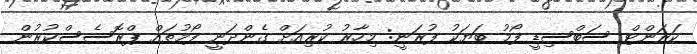
ކަރަންޓް ސަބްސިޑީ ފޯމު ބަޔަކު ފުރަނީ: މިހާރު ކުރިއަށް ގެންދަނީ ފޯމުތައް ޕްރޮސެސްކުރުން